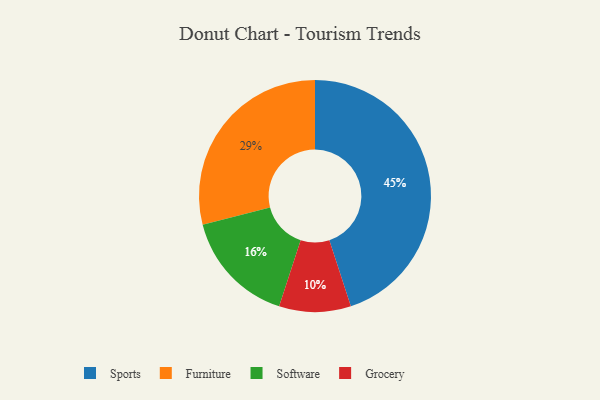
{"axis": {"x": "Category", "y": "Percentage"}, "legend": ["Furniture", "Grocery", "Software", "Sports"], "data": [{"x": "Sports", "y": 45, "type": "Sports"}, {"x": "Software", "y": 16, "type": "Software"}, {"x": "Grocery", "y": 10, "type": "Grocery"}, {"x": "Furniture", "y": 29, "type": "Furniture"}]}